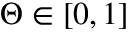
\Theta \in [ 0 , 1 ]